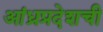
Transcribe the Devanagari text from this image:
आंध्रप्रदेशची